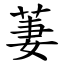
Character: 萋